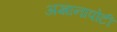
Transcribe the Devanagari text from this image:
अज्ञानापोटी